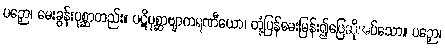
ပဉှော၊ မေးခွန်းပုစ္ဆာတည်း။ ပဋိပုစ္ဆာဗျာကရဏီယော၊ တုံ့ပြန်မေးမြန်း၍ဖြေဆိုအပ်သော။ ပဉှော၊